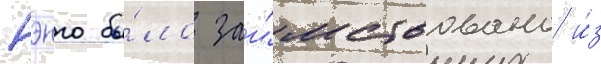
нэнго бы́ло заи́мствовано и́з